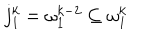
j _ { 1 } ^ { k } = \omega _ { 1 } ^ { k - 2 } \subseteq \omega _ { 1 } ^ { k }